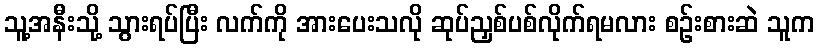
သူ့အနီးသို့ သွားရပ်ပြီး လက်ကို အားပေးသလို ဆုပ်ညှစ်ပစ်လိုက်ရမလား စဉ်းစားဆဲ သူက